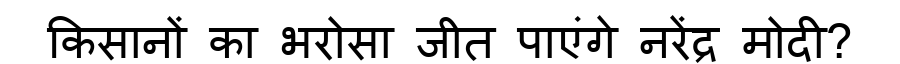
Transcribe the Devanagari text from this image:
किसानों का भरोसा जीत पाएंगे नरेंद्र मोदी?